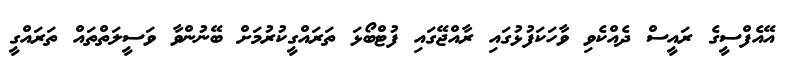
އޭއެފްސީގެ ރައީސް ދެއްކެވި ވާހަކަފުޅުގައި ރާއްޖޭގައި ފުޓްބޯޅަ ތަރައްގީކުރުމަށް ބޭނުންވާ ވަސީލަތްތައް ތަރައްގީ